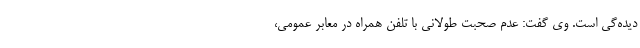
دیده‌گی است. وی گفت: عدم صحبت طولانی با تلفن همراه در معابر عمومی،